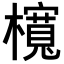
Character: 𣟂